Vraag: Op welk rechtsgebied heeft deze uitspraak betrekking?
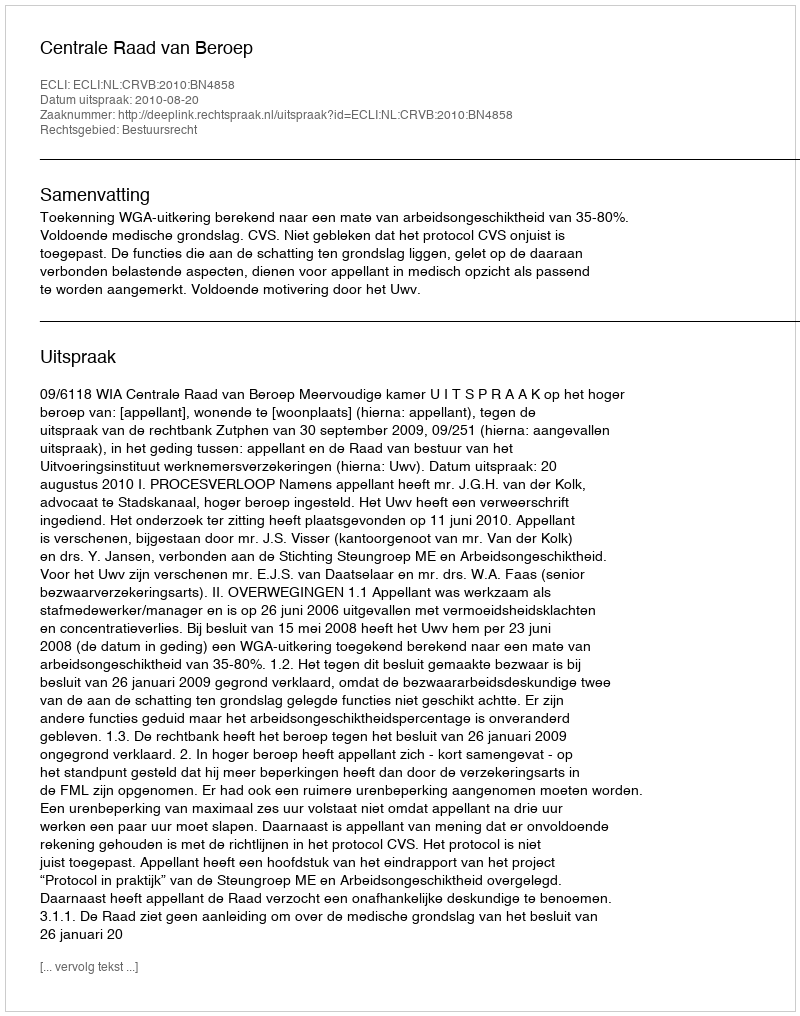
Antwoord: Bestuursrecht